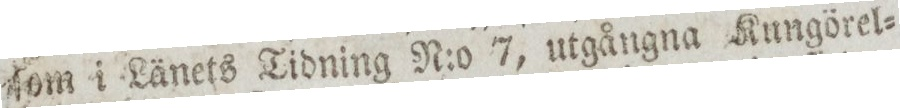
ſom i Länets Tidning N:o 7, utgångna Kungörel=